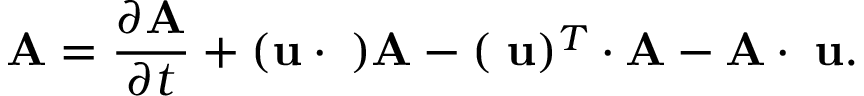
\overset { \triangledown } { \mathbf { A } } = \frac { \partial \mathbf { A } } { \partial t } + ( \mathbf { u } \cdot \mathbf { \nabla } ) \mathbf { A } - ( \mathbf { \nabla } \mathbf { u } ) ^ { T } \cdot \mathbf { A } - \mathbf { A } \cdot \mathbf { \nabla } \mathbf { u } .